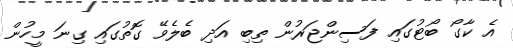
އެ ކާގޯ ބޯޓުގައި ފަސިންޖަރުން ތިބި އަދި ބެލެވޭ ގޮތުގައި ގިނަ މީހުން